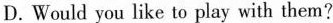
D.Would you like to play with them?